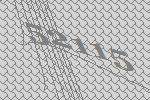
52115